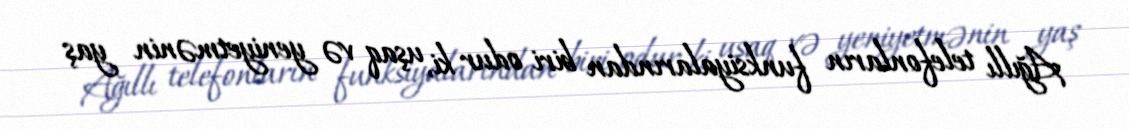
Ağıllı telefonların funksiyalarından biri odur ki, uşaq və yeniyetmənin yaş